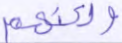
ولكنهم